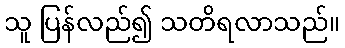
သူ ပြန်လည်၍ သတိရလာသည်။